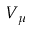
V _ { \mu }